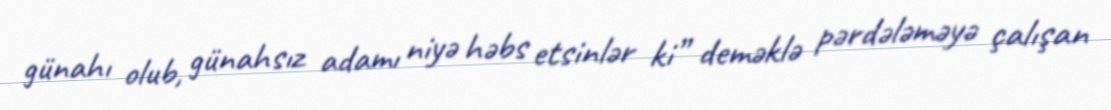
günahı olub, günahsız adamı niyə həbs etsinlər ki” deməklə pərdələməyə çalışan